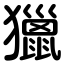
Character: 獵